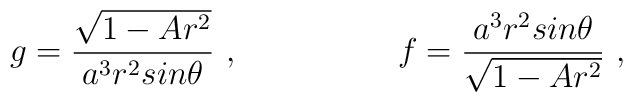
g = \frac{\sqrt{1-Ar^2}}{a^3r^2sin\theta} \ , \hspace{2cm} f =\frac{a^3r^2sin\theta}{\sqrt{1-Ar^2}} \ ,